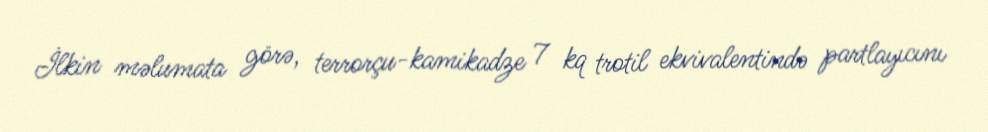
İlkin məlumata görə, terrorçu-kamikadze 7 kq trotil ekvivalentində partlayıcını